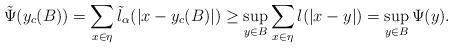
LaTeX: \begin{align*}\tilde{\Psi}(y_c(B))=\sum_{x\in \eta}\tilde{l}_\alpha(|x-y_c(B)|)\geq \sup_{y\in B}\sum_{x\in \eta} l(|x-y|)=\sup_{y\in B} \Psi(y).\end{align*}